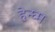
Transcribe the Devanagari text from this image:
हेन्घ्म